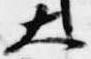
大